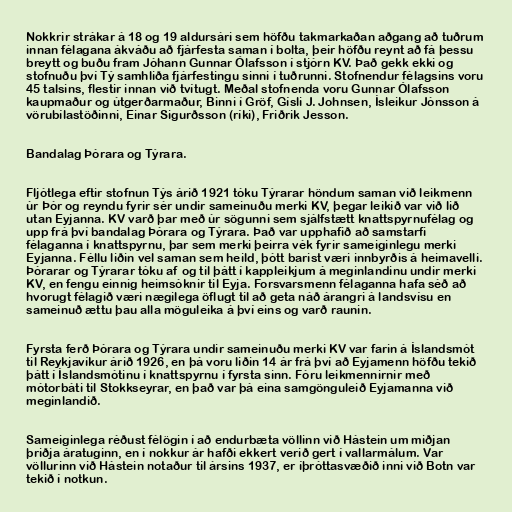
Nokkrir strákar á 18 og 19 aldursári sem höfðu takmarkaðan aðgang að tuðrum
innan félagana ákváðu að fjárfesta saman í bolta, þeir höfðu reynt að fá þessu
breytt og buðu fram Jóhann Gunnar Ólafsson í stjórn KV. Það gekk ekki og
stofnuðu því Tý samhliða fjárfestingu sinni í tuðrunni. Stofnendur félagsins voru
45 talsins, flestir innan við tvítugt. Meðal stofnenda voru Gunnar Ólafsson
kaupmaður og útgerðarmaður, Binni í Gröf, Gísli J. Johnsen, Ísleikur Jónsson á
vörubílastöðinni, Einar Sigurðsson (ríki), Friðrik Jesson.

Bandalag Þórara og Týrara.

Fljótlega eftir stofnun Týs árið 1921 tóku Týrarar höndum saman við leikmenn
úr Þór og reyndu fyrir sér undir sameinuðu merki KV, þegar leikið var við lið
utan Eyjanna. KV varð þar með úr sögunni sem sjálfstætt knattspyrnufélag og
upp frá því bandalag Þórara og Týrara. Það var upphafið að samstarfi
félaganna í knattspyrnu, þar sem merki þeirra vék fyrir sameiginlegu merki
Eyjanna. Féllu liðin vel saman sem heild, þótt barist væri innbyrðis á heimavelli.
Þórarar og Týrarar tóku af og til þátt í kappleikjum á meginlandinu undir merki
KV, en fengu einnig heimsóknir til Eyja. Forsvarsmenn félaganna hafa séð að
hvorugt félagið væri nægilega öflugt til að geta náð árangri á landsvísu en
sameinuð ættu þau alla möguleika á því eins og varð raunin.

Fyrsta ferð Þórara og Týrara undir sameinuðu merki KV var farin á Íslandsmót
til Reykjavíkur árið 1926, en þá voru liðin 14 ár frá því að Eyjamenn höfðu tekið
þátt í Íslandsmótinu í knattspyrnu í fyrsta sinn. Fóru leikmennirnir með
mótorbáti til Stokkseyrar, en það var þá eina samgönguleið Eyjamanna við
meginlandið.

Sameiginlega réðust félögin í að endurbæta völlinn við Hástein um miðjan
þriðja áratuginn, en í nokkur ár hafði ekkert verið gert í vallarmálum. Var
völlurinn við Hástein notaður til ársins 1937, er íþróttasvæðið inni við Botn var
tekið í notkun.